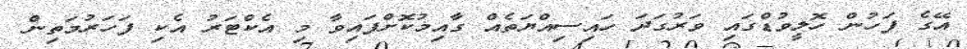
އޭގެ ފަހުން ހޮލީވުޑްގައި ވަރުގަދަ ހައިސިއްޔަތެއް ގާއިމުކޮށްފައިވާ މި އެކްޓަރު އެކި ފަހަރުމަތިން